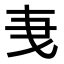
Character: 𬼞